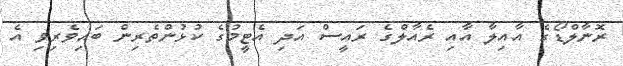
ރޮނާލްޑޯގެ އާއިލާ އާއި ރެއާލްގެ ރައީސް އަދި އެޓީމުގެ ކުޅުންތެރިން ބައިވެރިވި އެ